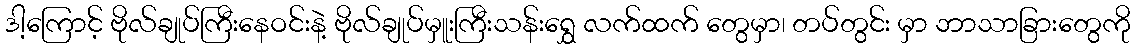
ဒါ့ကြောင့် ဗိုလ်ချုပ်ကြီးနေဝင်းနဲ့ ဗိုလ်ချုပ်မှူးကြီးသန်းရွှေ လက်ထက် တွေမှာ၊ တပ်တွင်း မှာ ဘာသာခြားတွေကို